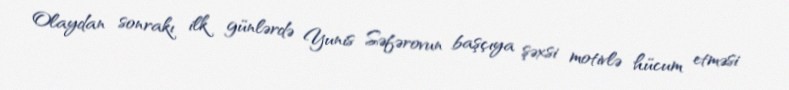
Olaydan sonrakı ilk günlərdə Yunis Səfərovun başçıya şəxsi motivlə hücum etməsi